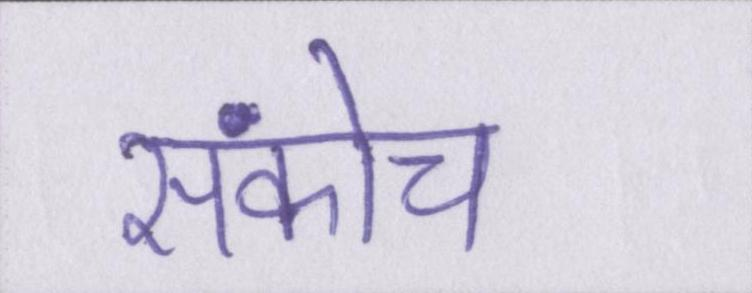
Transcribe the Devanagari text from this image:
संकोच